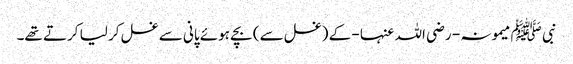
نبی ﷺ میمونہ - رضی اللہ عنہا - کے (غسل سے) بچے ہوئے پانی سے غسل کر لیا کرتے تھے۔